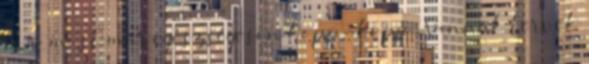
is - most már egészségesen kopp-kopp . Vannak tervek